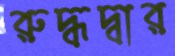
রুদ্ধদ্বার